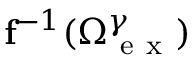
\mathbf { f } ^ { - 1 } ( \Omega _ { \mathrm { ~ e ~ x ~ } } ^ { \gamma } )